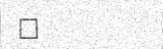
٨